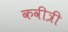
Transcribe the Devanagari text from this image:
कवीत्री